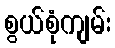
စွယ်စုံကျမ်း